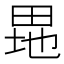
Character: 𤱲